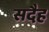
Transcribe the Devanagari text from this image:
सदैह